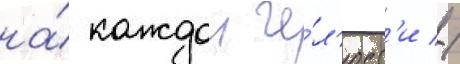
на́ каждои че́л'юст'и //